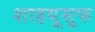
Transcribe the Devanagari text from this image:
शाहयूसुफ